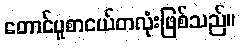
တောင်ပူစာငယ်တလုံးဖြစ်သည်။